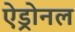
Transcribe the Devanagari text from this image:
ऐड्रोनल